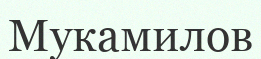
Мукамилов